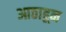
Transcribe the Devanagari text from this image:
आठाहून